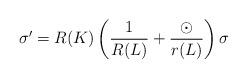
LaTeX: \begin{align*}\sigma'=R(K)\left(\frac{1}{R(L)}+\frac{\odot}{r(L)}\right)\sigma\end{align*}